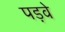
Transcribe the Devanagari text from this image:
पड़वे